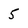
Character: 5